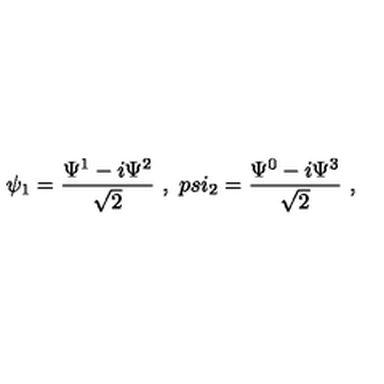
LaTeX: \psi _ { 1 } = \frac { \Psi ^ { 1 } - i \Psi ^ { 2 } } { \sqrt 2 } \ , \ p s i _ { 2 } = \frac { \Psi ^ { 0 } - i \Psi ^ { 3 } } { \sqrt 2 } \ ,